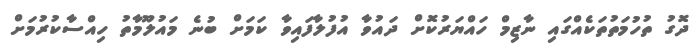
ދޮގު ތުހުމަތުތަކެއްގައި ނާޒިމް ހައްޔަރުކޮށް ދައުވާ އުފުލާފައިވާ ކަމަށް ބުނެ މައުލޫމާތު ހިއްސާކުރުމަށް